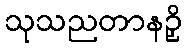
သုသညတာနဉှိ